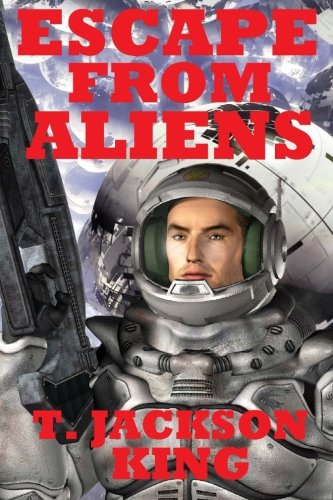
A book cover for Escape From Aliens (Volume 1); T. Jackson King; Science Fiction & Fantasy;